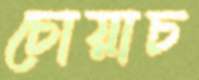
চোয়াচ